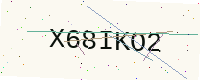
Text: X68IKO2